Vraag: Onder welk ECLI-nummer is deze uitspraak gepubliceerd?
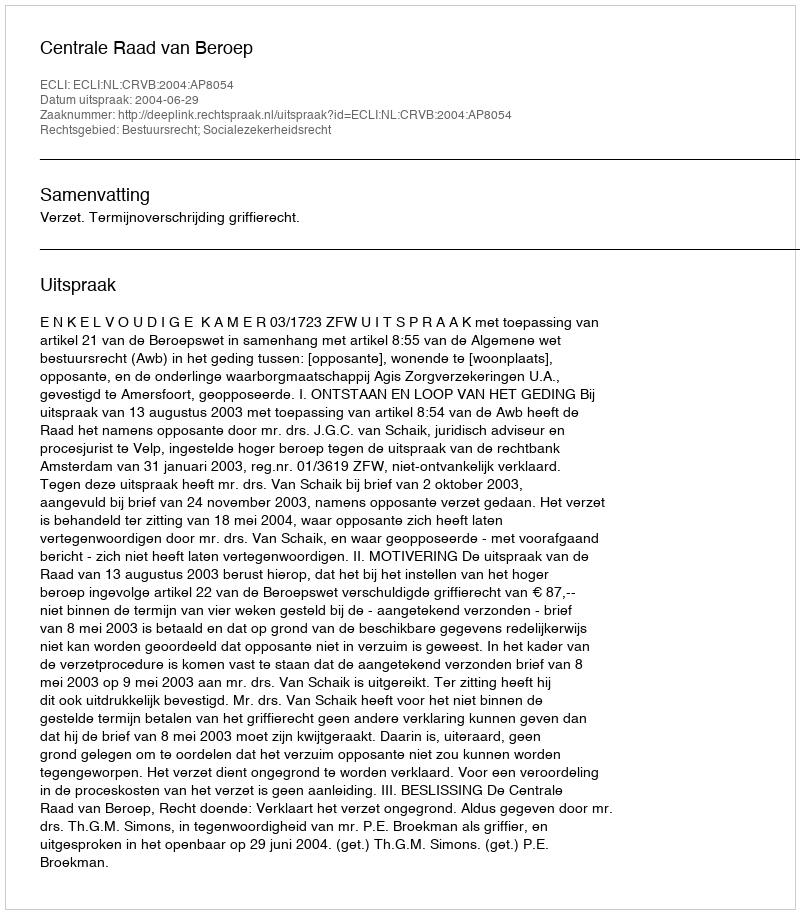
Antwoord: ECLI:NL:CRVB:2004:AP8054